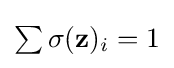
{\textstyle \sum \sigma (\mathbf {z} )_{i}=1}